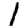
Digit: 1